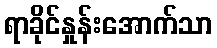
ရာခိုင်နှုန်းအောက်သာ